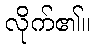
လိုက်၏။